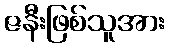
ဇနီးဖြစ်သူအား